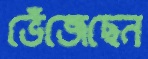
ভেঁজেছেন